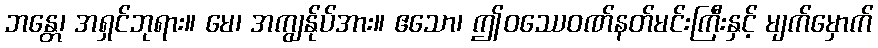
ဘန္တေ၊ အရှင်ဘုရား။ မေ၊ အကျွန်ုပ်အား။ ဧသော၊ ဤဝဿေဝဏ်နတ်မင်းကြီးနှင့် မျက်မှောက်